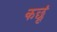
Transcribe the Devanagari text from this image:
कछूं